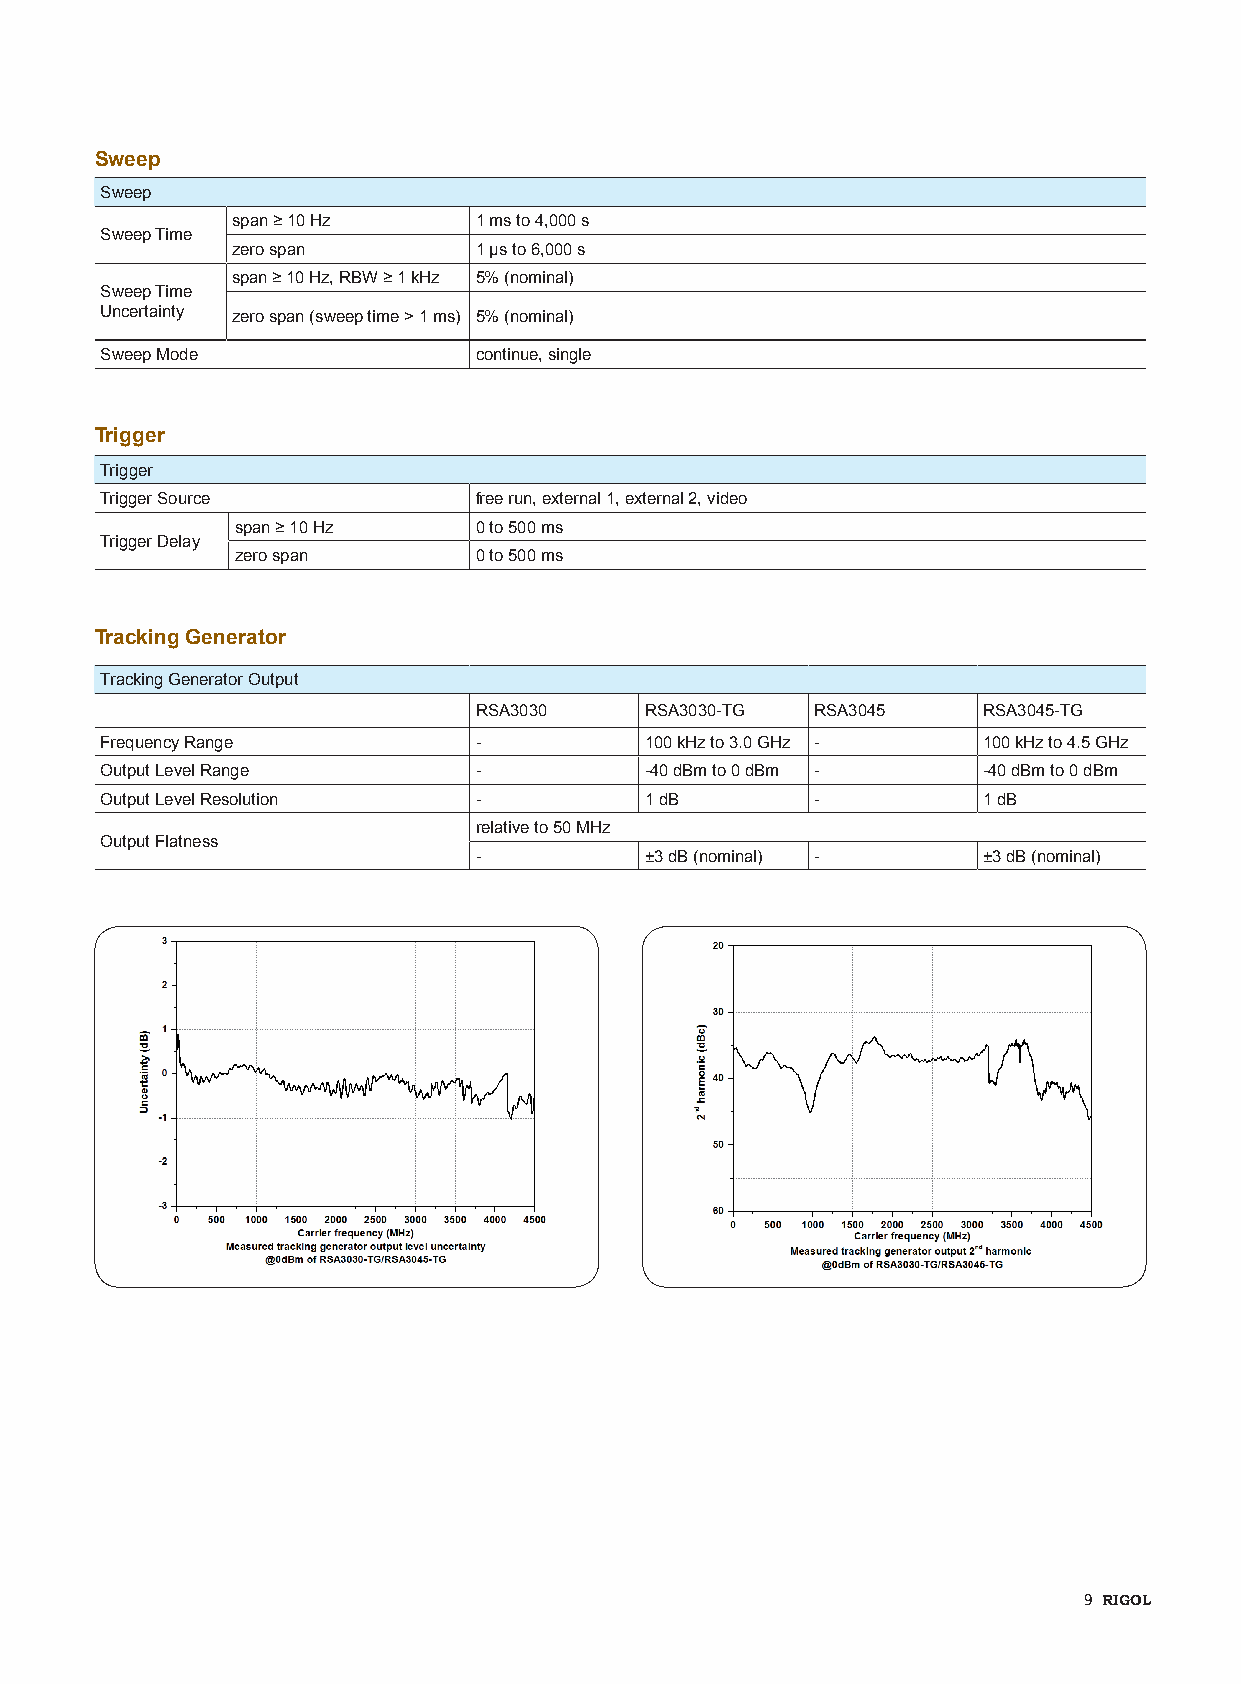
Sweep
 Sweep
 span ≥ 10 Hz    1 ms to 4,000 s
 Sweep Time
 zero span       1 μs to 6,000 s
 span ≥ 10 Hz, RBW ≥ 1 kHz 5% (nominal)
 Sweep Time
 Uncertainty zero span (sweep time > 1 ms) 5% (nominal)
 Sweep Mode              continue, single
 Trigger
 Trigger
 Trigger Source          free run, external 1, external 2, video
 span ≥ 10 Hz   0 to 500 ms
 Trigger Delay
 zero span      0 to 500 ms
 Tracking Generator
 Tracking Generator Output
 RSA3030     RSA3030-TG RSA3045    RSA3045-TG
 Frequency Range         -           100 kHz to 3.0 GHz -  100 kHz to 4.5 GHz
 Output Level Range      -           -40 dBm to 0 dBm -    -40 dBm to 0 dBm
 Output Level Resolution -           1 dB       -          1 dB
 relative to 50 MHz
 Output Flatness
 -           ±3 dB (nominal) -     ±3 dB (nominal)
 9 RIGOL